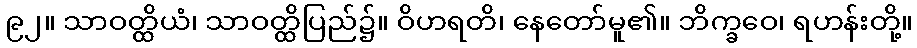
၉၂။ သာဝတ္ထိယံ၊ သာဝတ္ထိပြည်၌။ ဝိဟရတိ၊ နေတော်မူ၏။ ဘိက္ခဝေ၊ ရဟန်းတို့။